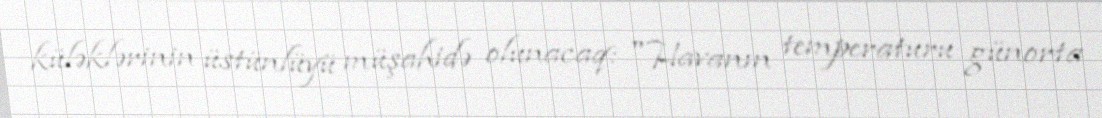
küləklərinin üstünlüyü müşahidə olunacaq: "Havanın temperaturu günorta